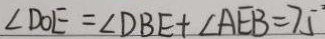
\angle D O E = \angle D B E + \angle A E B = 7 5 ^ { \circ }